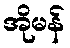
အိုမန်